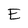
Character: E